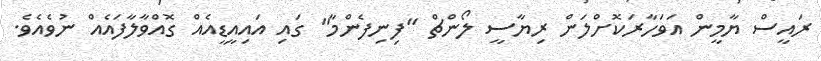
ރައީސް ޔާމީން އަވަހާރަކޮށްލަން ރިޔާސީ ލޯންޗް "ފިނިފެންމާ" ގައި އައިއީޑީއެއް ގޮއްވާލާފައެއް ނުވެއެވެ.